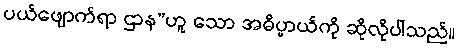
ပယ်ဖျောက်ရာ ဌာန”ဟူ သော အဓိပ္ပာယ်ကို ဆိုလိုပါသည်။